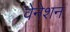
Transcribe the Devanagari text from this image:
वेनेशन